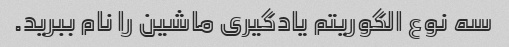
سه نوع الگوریتم یادگیری ماشین را نام ببرید.